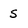
Character: S